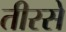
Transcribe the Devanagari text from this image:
तीरसे